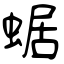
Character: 蜛